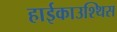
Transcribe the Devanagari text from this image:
हाईकाउश्थिस